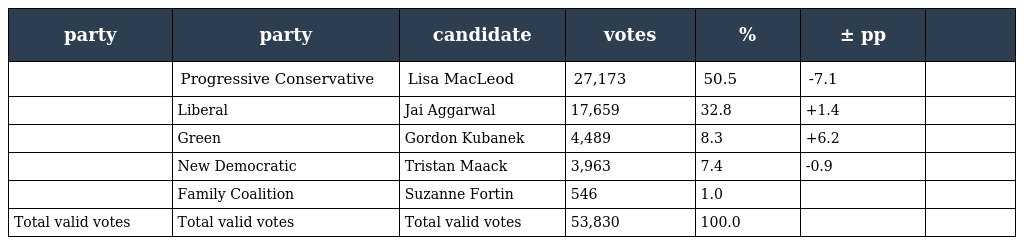
| party | party | candidate | votes | % | ± pp |  |
 | --- | --- | --- | --- | --- | --- | --- |
 |  | Progressive Conservative | Lisa MacLeod | 27,173 | 50.5 | -7.1 |  |
 |  | Liberal | Jai Aggarwal | 17,659 | 32.8 | +1.4 |  |
 |  | Green | Gordon Kubanek | 4,489 | 8.3 | +6.2 |  |
 |  | New Democratic | Tristan Maack | 3,963 | 7.4 | -0.9 |  |
 |  | Family Coalition | Suzanne Fortin | 546 | 1.0 |  |  |
 | Total valid votes | Total valid votes | Total valid votes | 53,830 | 100.0 |  |  |